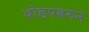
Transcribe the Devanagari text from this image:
धोडपवरुन